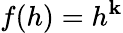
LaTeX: f(h)=h^{\mathbf{k}}